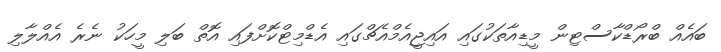
ބައެއް ބްރޯޑްކާސްޓިން މީޑިއާތަކުގައި އައިޖީއެމްއެޗްގައި އެޑްމިޓްކޮށްފައި އޮތް ބަލި މީހަކު ނެރެ އެއްލާލި